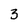
Character: 3